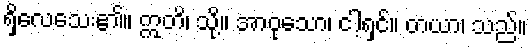
ရှိလေသေး၏။ ဣတိ၊ သို့။ အာဝုသော၊ ငါ့ရှင်။ တယာ၊ သည်။